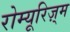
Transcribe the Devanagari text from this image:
रोम्यूरिज़्म